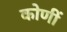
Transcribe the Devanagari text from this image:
कोणीं